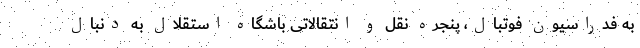
به فدراسیون فوتبال، پنجره نقل و انتقالاتی باشگاه استقلال به دنبال